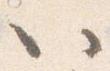
以